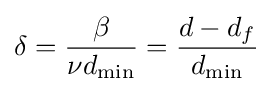
\delta ={\frac {\beta }{\nu d_{\mathrm {min} }}}={\frac {d-d_{f}}{d_{\mathrm {min} }}}